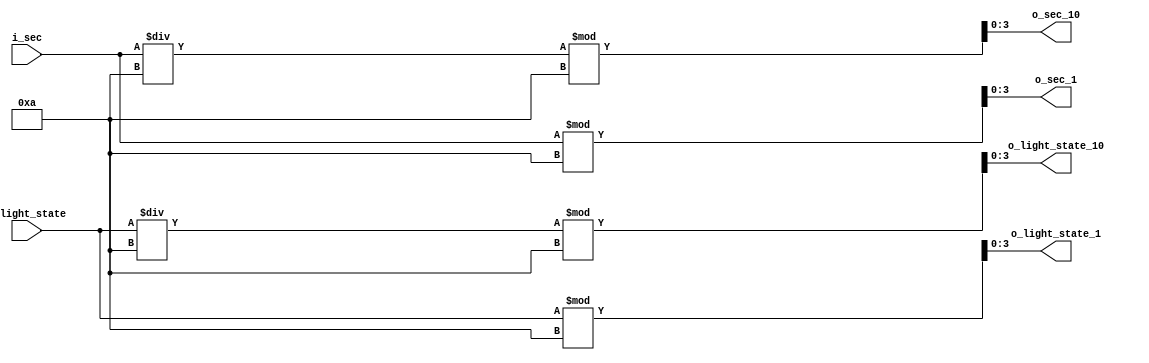
`timescale 1ns / 1ps

module Digit_Divider_Sec(
    input[6:0] i_sec,
    input[3:0] i_light_state,
    output[3:0] o_sec_10, o_sec_1, o_light_state_10, o_light_state_1
    );

    assign o_sec_10 = i_sec / 10 % 10; // ?? ??
    assign o_sec_1  = i_sec % 10;
    
    assign o_light_state_10 = i_light_state / 10 % 10;
    assign o_light_state_1  = i_light_state % 10;  // ?? ?


    /*ab:cd 12:34                                                                                                                                                                                                                                                                                                                                                                                                                                                                                                                                                                                                                                                                                                                                                                                                                                                                                                                                                                                                                                                                                                                                                                                                                                           

    i_sec_10 = i_a = 12 / 10 = 1, 1 % 10 = 1
    i_sec_1  = i_b = 12 % 10 = 2
    i_msec_10  = i_c = 34 / 10 = 3, 3 % 10 = 3
    i_msec_1   = i_d = 34 % 10 = 4
    12 : 34 . 
    */

endmodule